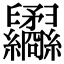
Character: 𦈇